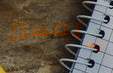
ستمسك